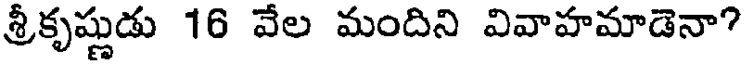
శ్రీకృష్ణుడు 16 వేల మందిని వివాహమాడెనా?